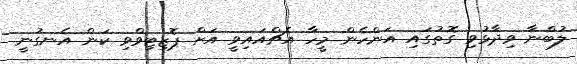
ލުބްނާ ވިދާޅުވި ގޮތުގައި އަންހެން މީހާ އެޗްއައިވީ އަށް ޕޮޒިޓިވްވި ކަން އެނގުނީ